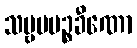
သဗ္ဗပပဉ္စခီဏော